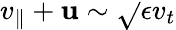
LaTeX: v_{\parallel}+\mathbf{u}\sim\sqrt{}{{\epsilon}}v_{t}